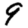
Digit: 9